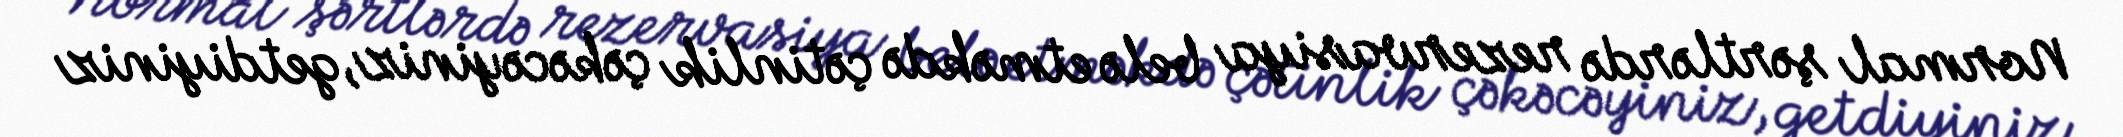
Normal şərtlərdə rezervasiya belə etməkdə çətinlik çəkəcəyiniz, getdiyiniz